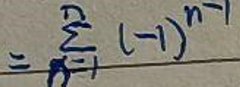
\[
=\sum_{n = 1}^{\infty}(-1)^{n - 1}
\]